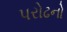
પરોઢનો